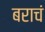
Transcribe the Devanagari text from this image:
बराचं